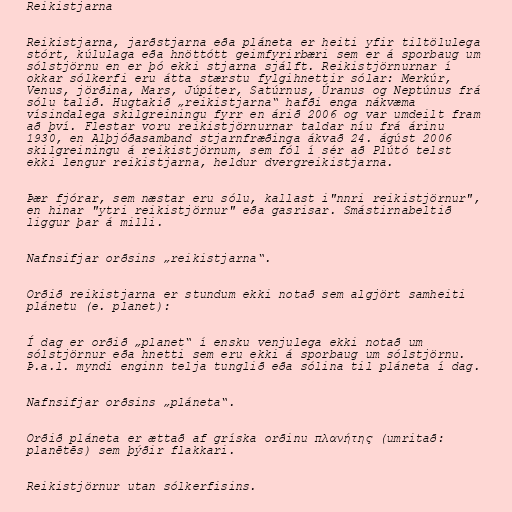
Reikistjarna

Reikistjarna, jarðstjarna eða pláneta er heiti yfir tiltölulega
stórt, kúlulaga eða hnöttótt geimfyrirbæri sem er á sporbaug um
sólstjörnu en er þó ekki stjarna sjálft. Reikistjörnurnar í
okkar sólkerfi eru átta stærstu fylgihnettir sólar: Merkúr,
Venus, jörðina, Mars, Júpíter, Satúrnus, Úranus og Neptúnus frá
sólu talið. Hugtakið „reikistjarna“ hafði enga nákvæma
vísindalega skilgreiningu fyrr en árið 2006 og var umdeilt fram
að því. Flestar voru reikistjörnurnar taldar níu frá árinu
1930, en Alþjóðasamband stjarnfræðinga ákvað 24. ágúst 2006
skilgreiningu á reikistjörnum, sem fól í sér að Plútó telst
ekki lengur reikistjarna, heldur dvergreikistjarna.

Þær fjórar, sem næstar eru sólu, kallast i"nnri reikistjörnur",
en hinar "ytri reikistjörnur" eða gasrisar. Smástirnabeltið
liggur þar á milli.

Nafnsifjar orðsins „reikistjarna“.

Orðið reikistjarna er stundum ekki notað sem algjört samheiti
plánetu (e. planet):

Í dag er orðið „planet“ í ensku venjulega ekki notað um
sólstjörnur eða hnetti sem eru ekki á sporbaug um sólstjörnu.
Þ.a.l. myndi enginn telja tunglið eða sólina til pláneta í dag.

Nafnsifjar orðsins „pláneta“.

Orðið pláneta er ættað af gríska orðinu πλανήτης (umritað:
planētēs) sem þýðir flakkari.

Reikistjörnur utan sólkerfisins.